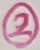
Text: 2